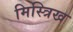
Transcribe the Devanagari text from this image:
मिस्त्रिख